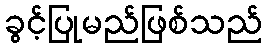
ခွင့်ပြုမည်ဖြစ်သည်